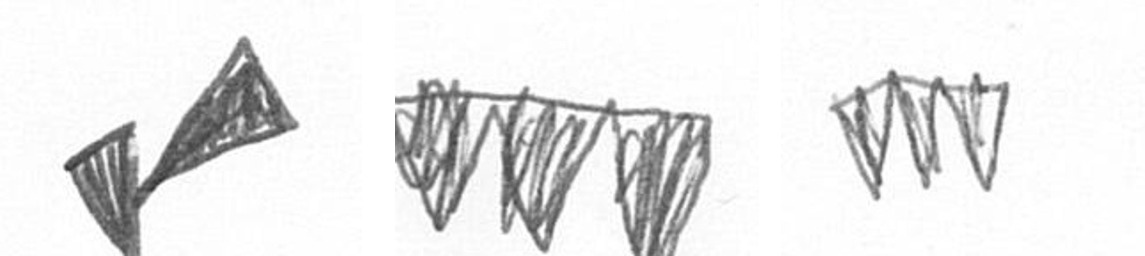
F L L